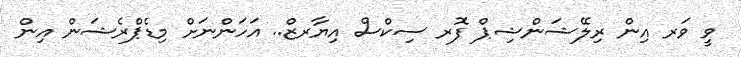
ވީ ވަރ އިން ރިލޭޝަންޝިޕް ފޮރ ސިކްސް އިޔާރޒް.. އަހަންނަށް މިޑެޕްރެޝަން އިން